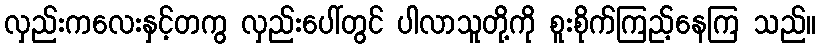
လှည်းကလေးနှင့်တကွ လှည်းပေါ်တွင် ပါလာသူတို့ကို စူးစိုက်ကြည့်နေကြ သည်။